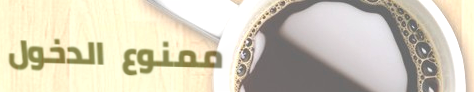
ممنوع الدخول